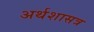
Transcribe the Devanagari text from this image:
अर्थशासत्र